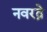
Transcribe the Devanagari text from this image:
नवरत्ने